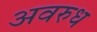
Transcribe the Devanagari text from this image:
अवरुध